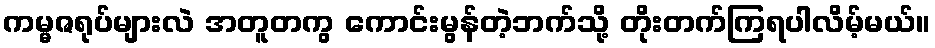
ကမ္မဇရုပ်များလဲ အတူတကွ ကောင်းမွန်တဲ့ဘက်သို့ တိုးတက်ကြရပါလိမ့်မယ်။